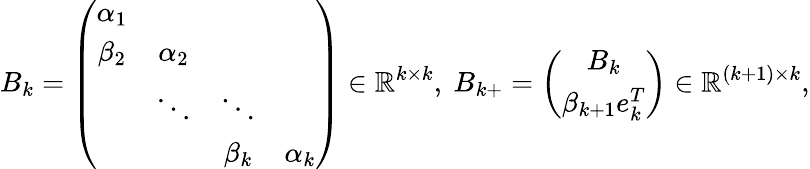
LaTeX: B_{k}=\left(\begin{array}{cccc}{\alpha_{1}}&&&\\ {\beta_{2}}&{\alpha_{2}}&&\\ &{\ddots}&{\ddots}&\\ &&{\beta_{k}}&{\alpha_{k}}\end{array}\right)\in\mathbb{R}^{k\times k},\ B_{k+}=\left(\begin{array}{c}{B_{k}}\\ {\beta_{k+1}e_{k}^{T}}\end{array}\right)\in\mathbb{R}^{{(k+1)}\times k},